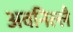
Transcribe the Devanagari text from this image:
अवनिल्लै